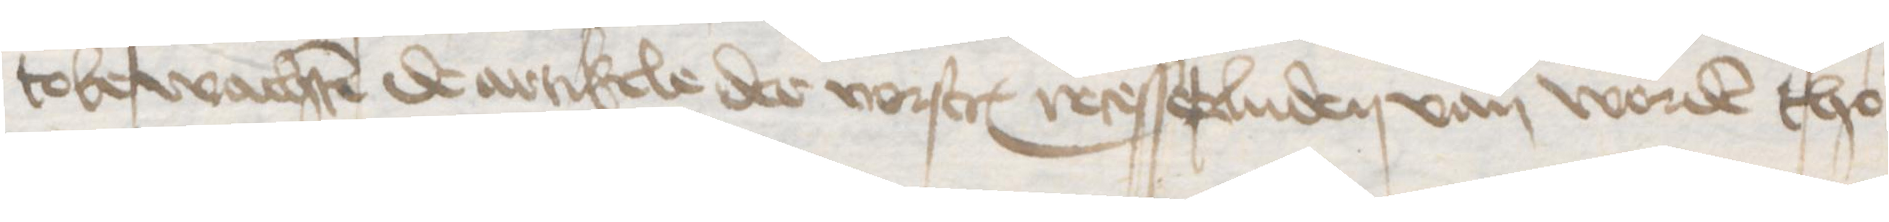
tobewachten de artikele der vorscreuen recesserluden van worden tho